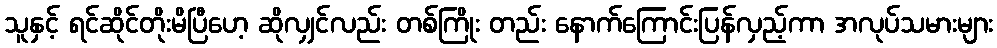
သူနှင့် ရင်ဆိုင်တိုးမိပြီဟေ့ ဆိုလျှင်လည်း တစ်ကြိုး တည်း နောက်ကြောင်းပြန်လှည့်ကာ အလုပ်သမားများ